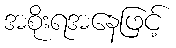
အစိုးရအနေဖြင့်